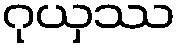
ဂုယှဿ